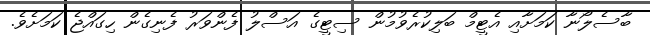
ބާސެލޯނާ ކަމަށާއި އެޓީމް ބަލިކުރެވުމުން ސިޓީގެ އަސްލު ފެންވަރު ފެނިގެން ހިގައްޖެ ކަމަށެވެ.